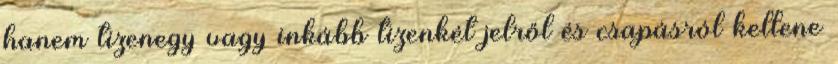
hanem tizenegy vagy inkább tizenkét jelről és csapásról kellene